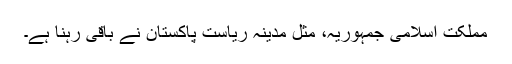
مملکت اسلامی جمہوریہ، مثل مدینہ ریاست پاکستان نے باقی رہنا ہے۔